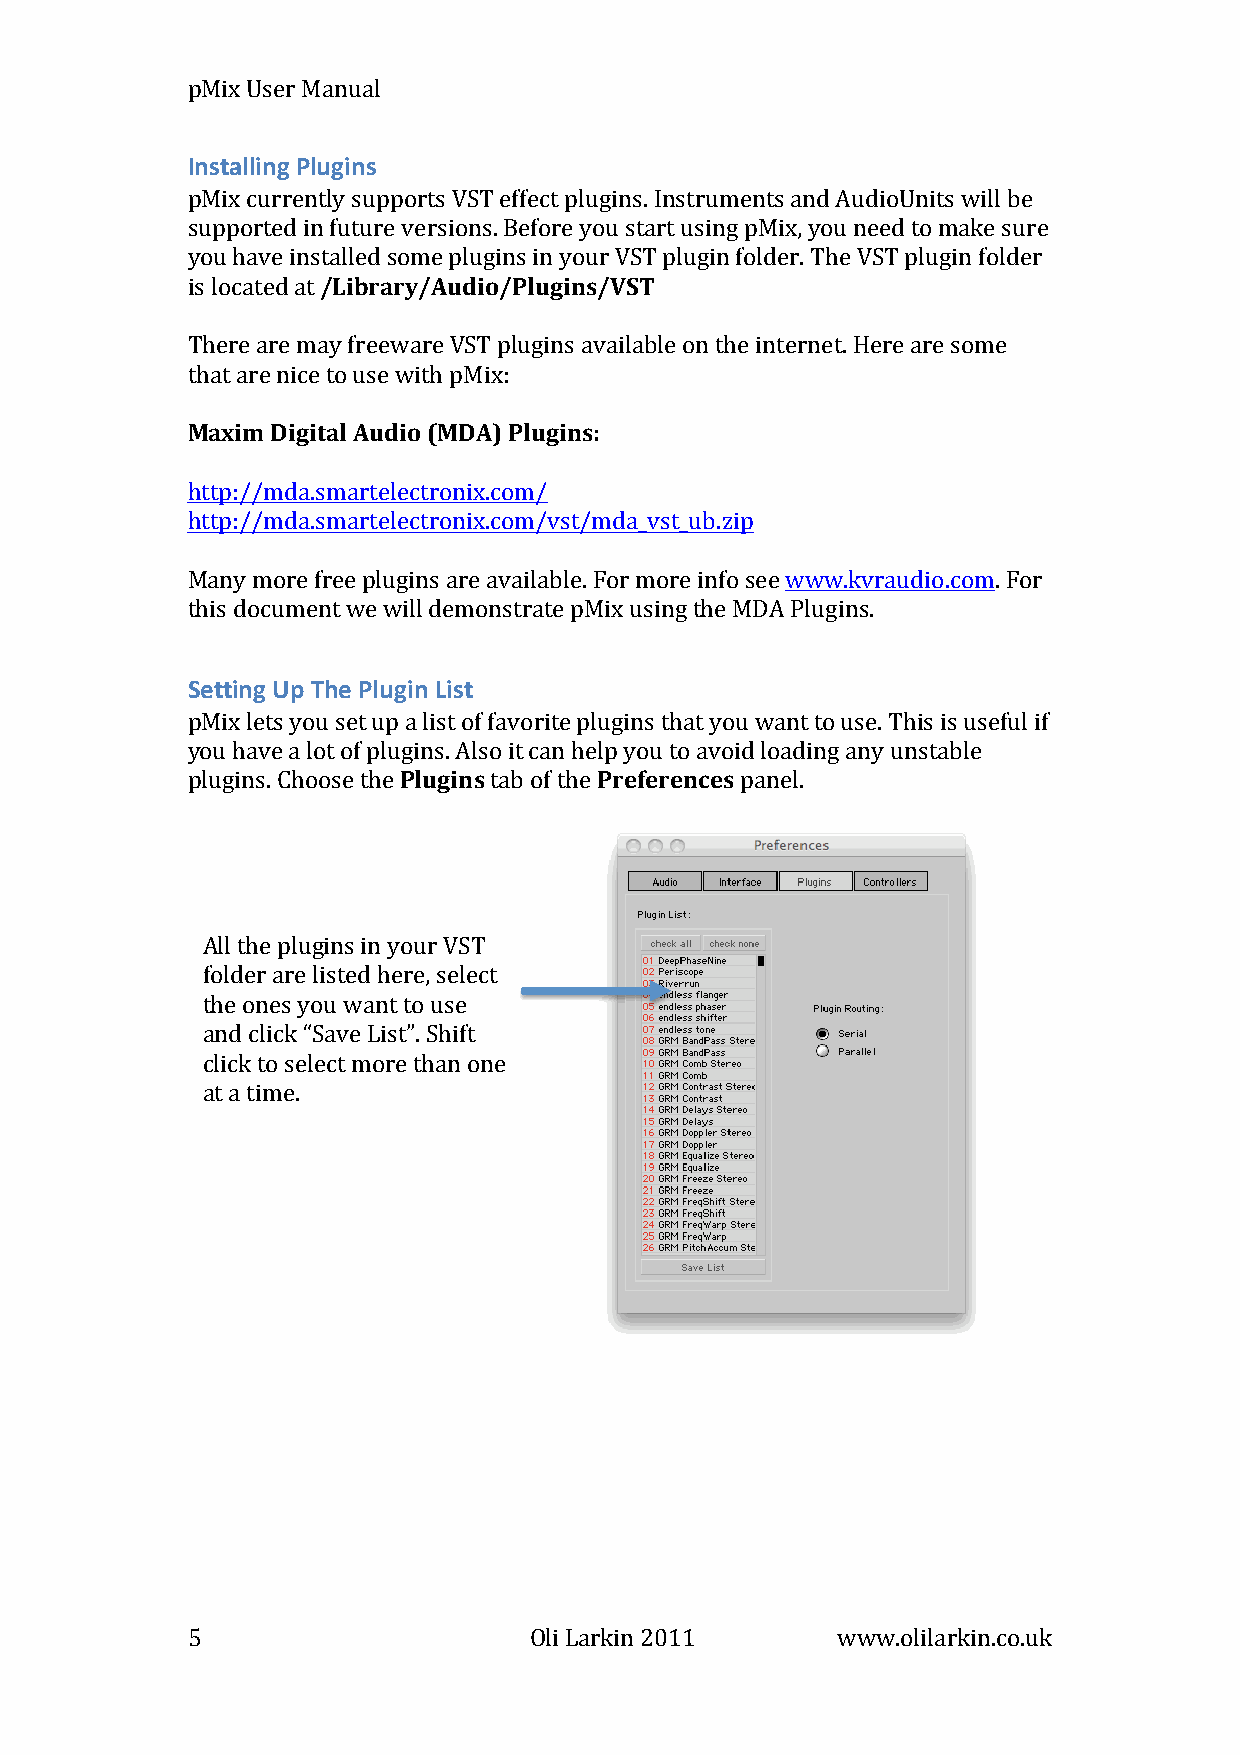
pMix User Manual
 Installing Plugins
 pMix currently supports VST effect plugins. Instruments and AudioUnits will be
 supported in future versions. Before you start using pMix, you need to make sure
 you have installed some plugins in your VST plugin folder. The VST plugin folder
 is located at /Library/Audio/Plugins/VST
 There are may freeware VST plugins available on the internet. Here are some
 that are nice to use with pMix:
 Maxim Digital Audio (MDA) Plugins:
 http://mda.smartelectronix.com/
 http://mda.smartelectronix.com/vst/mda_vst_ub.zip
 Many more free plugins are available. For more info see www.kvraudio.com. For
 this document we will demonstrate pMix using the MDA Plugins.
 Setting Up The Plugin List
 pMix lets you set up a list of favorite plugins that you want to use. This is useful if
 you have a lot of plugins. Also it can help you to avoid loading any unstable
 plugins. Choose the Plugins tab of the Preferences panel.
 All the plugins in your VST
 folder are listed here, select
 the ones you want to use
 and click “Save List”. Shift
 click to select more than one
 at a time.
 5                      Oli Larkin 2011     www.olilarkin.co.uk